Source: Handwritten
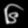
Digit: ၆ (6)